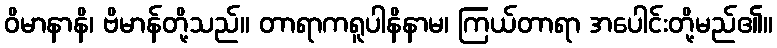
ဝိမာနာနိ၊ ဗိမာန်တို့သည်။ တာရာကရူပါနိနာမ၊ ကြယ်တာရာ အပေါင်းတို့မည်၏။